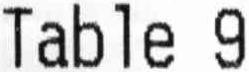
TABLE 9